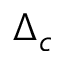
\Delta _ { c }